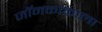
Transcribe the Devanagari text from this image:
जॉनकाकाला